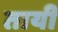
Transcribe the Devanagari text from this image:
तायी